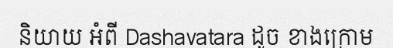
និយាយ អំពី Dashavatara ដូច ខាងក្រោម